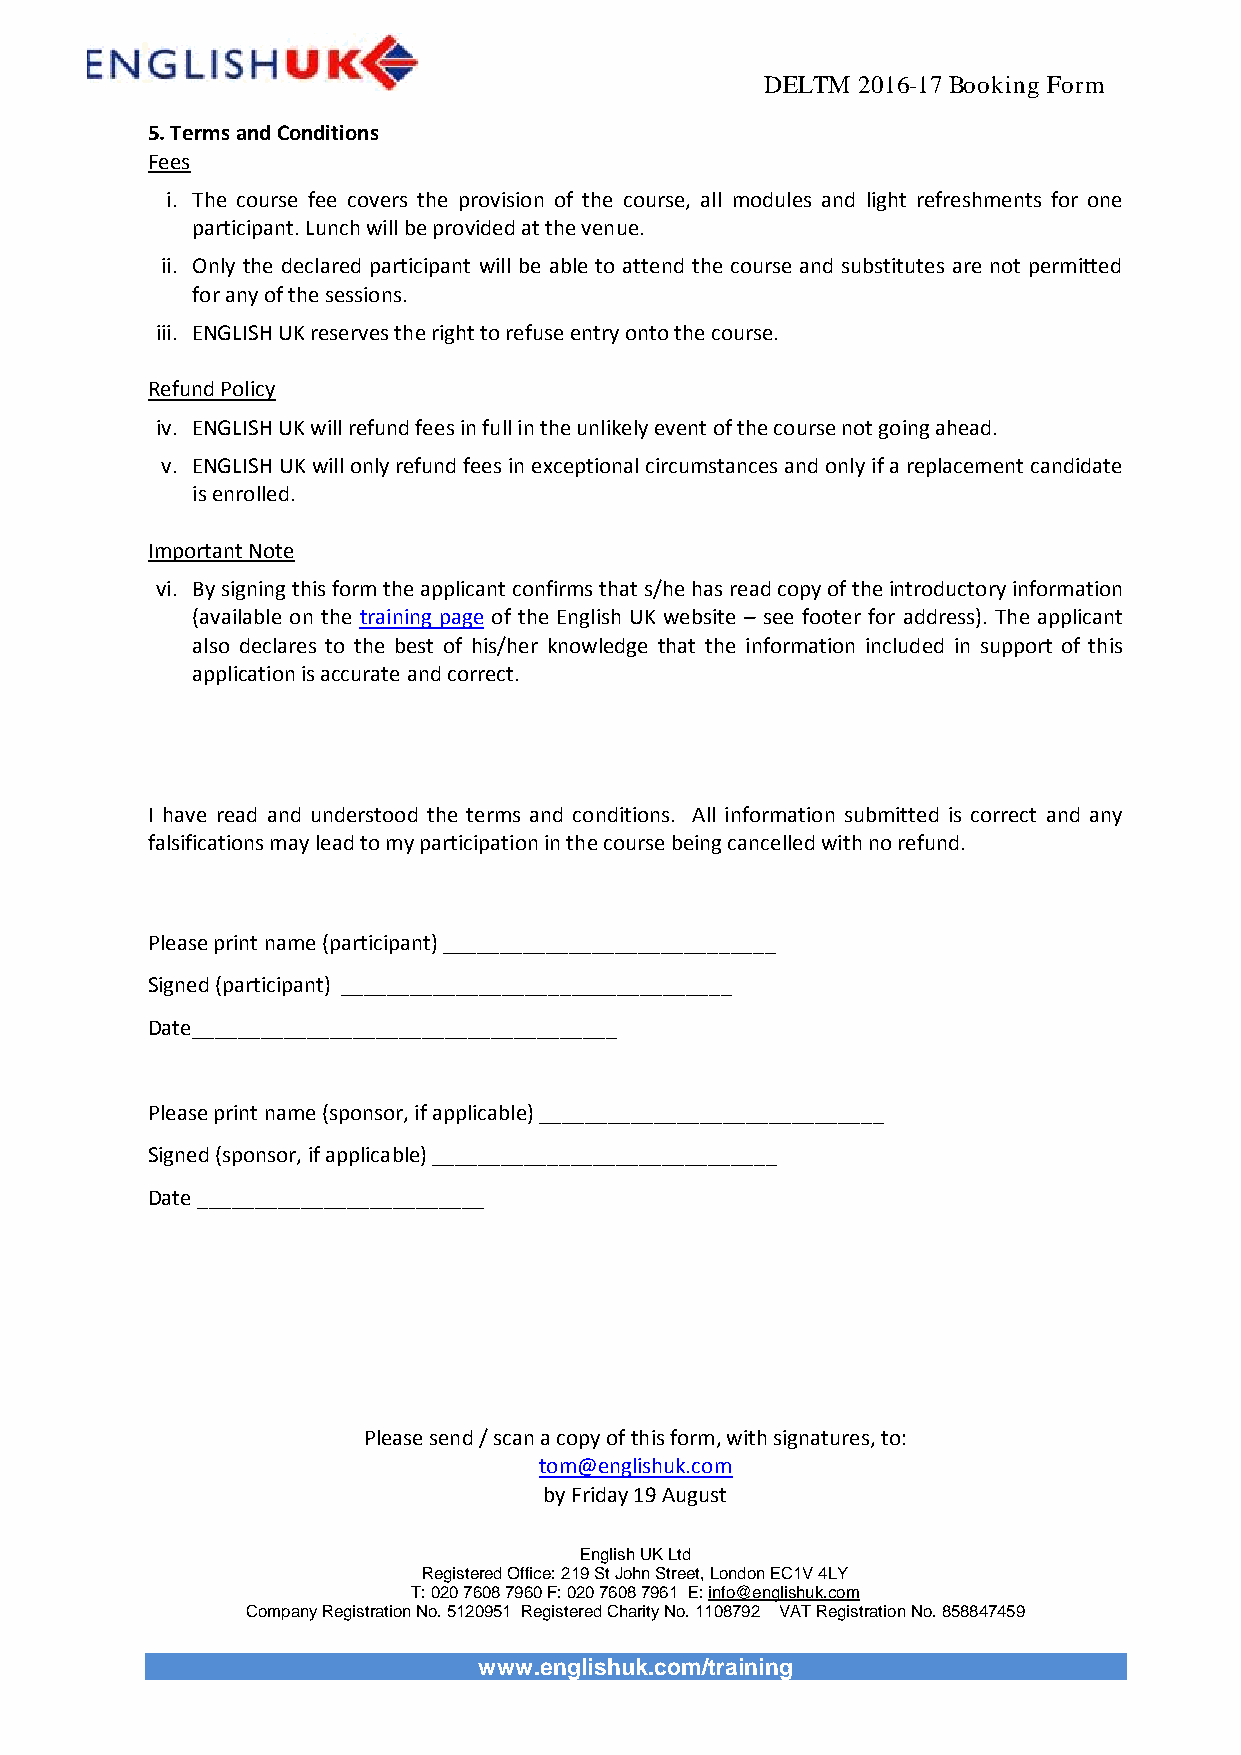
DELTM 2016-17 Booking Form
 5. Terms and Conditions
 Fees
 i. The course fee covers the provision of the course, all modules and light refreshments for one
 participant. Lunch will be provided at the venue.
 ii. Only the declared participant will be able to attend the course and substitutes are not permitted
 for any of the sessions.
 iii. ENGLISH UK reserves the right to refuse entry onto the course.
 Refund Policy
 iv. ENGLISH UK will refund fees in full in the unlikely event of the course not going ahead.
 v. ENGLISH UK will only refund fees in exceptional circumstances and only if a replacement candidate
 is enrolled.
 Important Note
 vi. By signing this form the applicant confirms that s/he has read copy of the introductory information
 (available on the training page of the English UK website – see footer for address). The applicant
 also declares to the best of his/her knowledge that the information included in support of this
 application is accurate and correct.
 I have read and understood the terms and conditions. All information submitted is correct and any
 falsifications may lead to my participation in the course being cancelled with no refund.
 Please print name (participant) _____________________________
 Signed (participant) __________________________________
 Date_____________________________________
 Please print name (sponsor, if applicable) ______________________________
 Signed (sponsor, if applicable) ______________________________
 Date _________________________
 Please send / scan a copy of this form, with signatures, to:
 tom@englishuk.com
 by Friday 19 August
 English UK Ltd
 Registered Office: 219 St John Street, London EC1V 4LY
 T: 020 7608 7960 F: 020 7608 7961 E: info@englishuk.com
 Company Registration No. 5120951 Registered Charity No. 1108792 VAT Registration No. 858847459
 www.englishuk.com/training